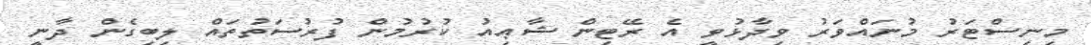
މިނިސްޓަރު މުނައްވަރު ވިދާޅުވީ އެ ރޭޓިން ޝާޢިއު ކުރުމުން ފުރުސަތުތައް ލިބިގެން ދާނީ